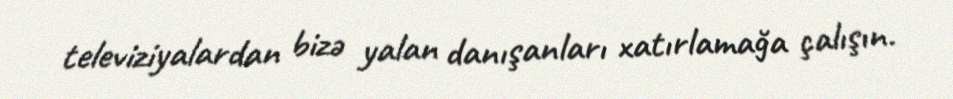
televiziyalardan bizə yalan danışanları xatırlamağa çalışın.